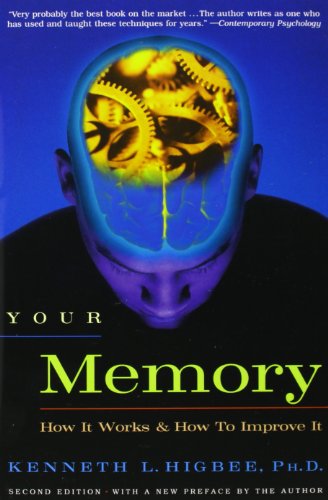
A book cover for Your Memory : How It Works and How to Improve It; Kenneth L. Higbee  Ph.D.; Self-Help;